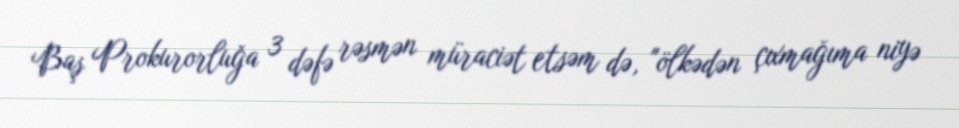
Baş Prokurorluğa 3 dəfə rəsmən müraciət etsəm də, "ölkədən çıxmağıma niyə